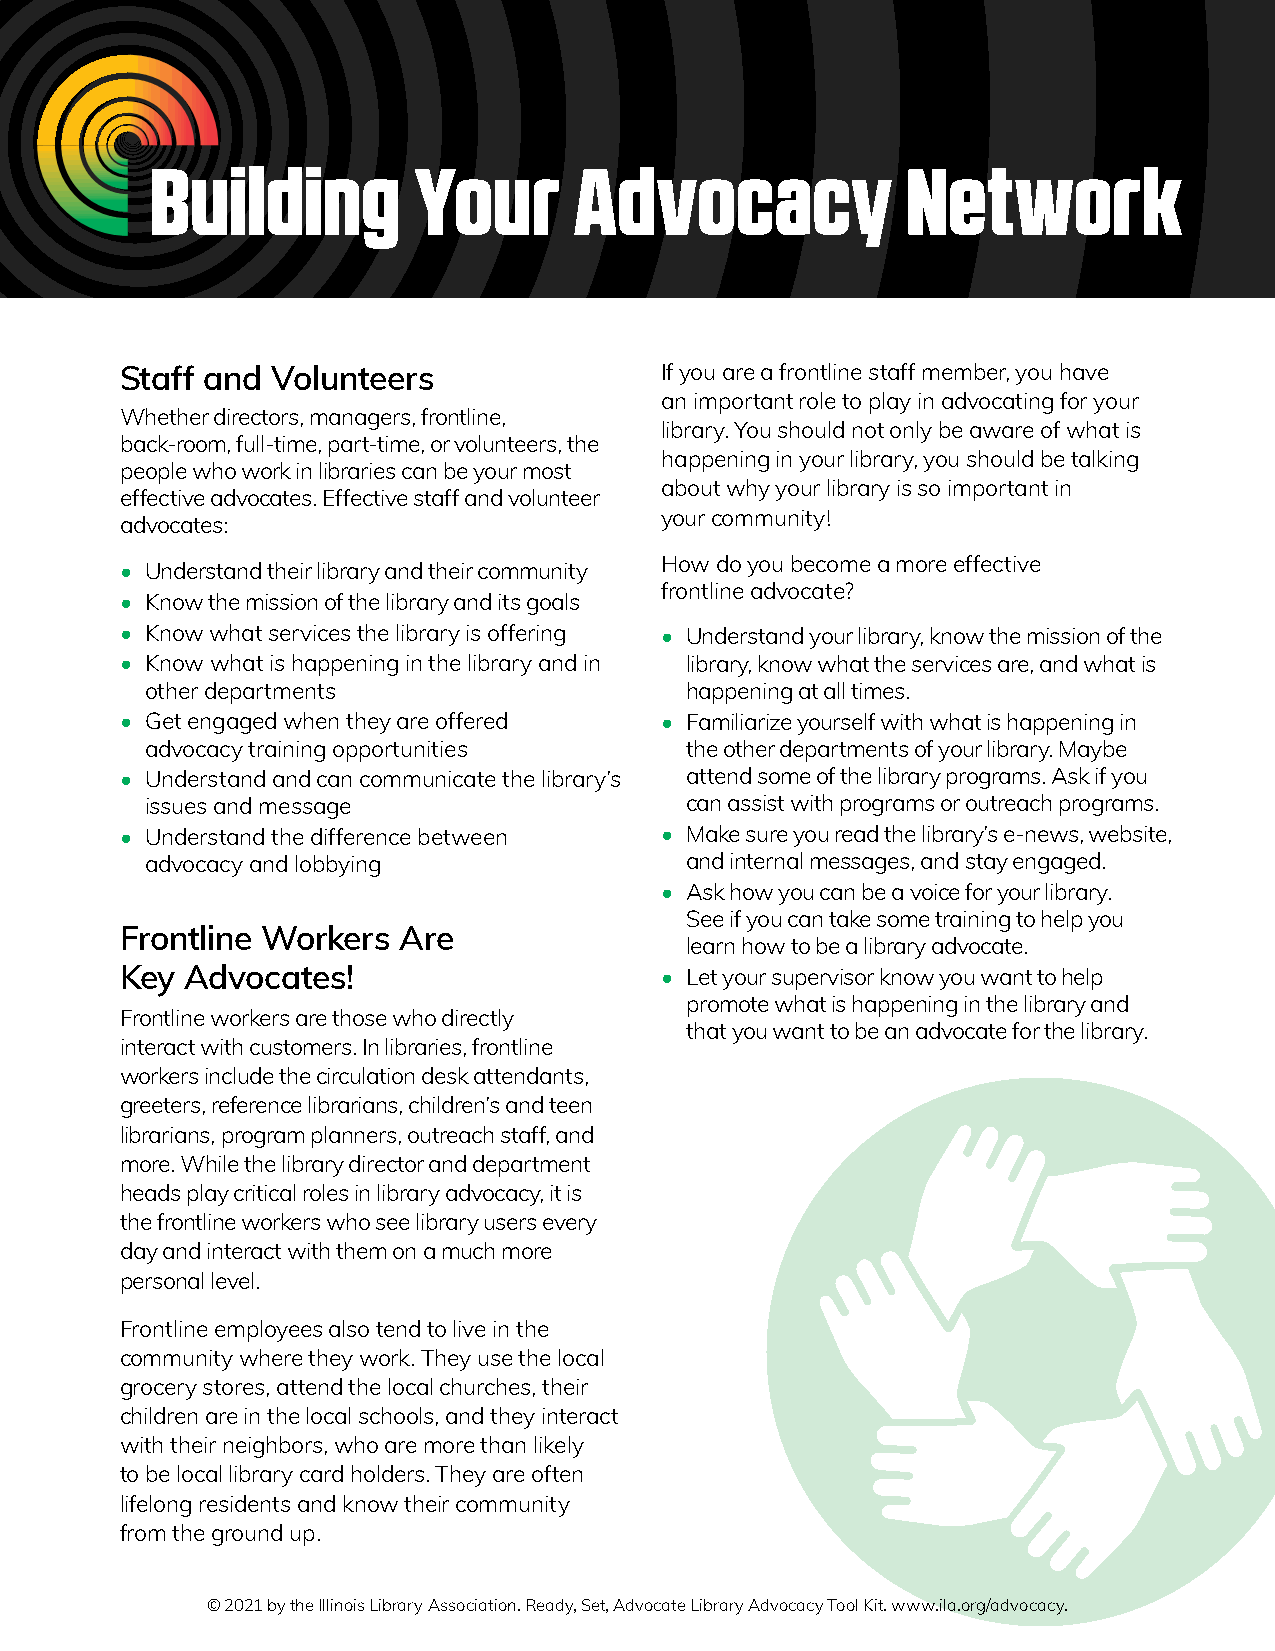
Building         Your       Advocacy              Network
 Staff and Volunteers                If you are a frontline staff member, you have
 an important role to play in advocating for your
 Whether directors, managers, frontline,
 library. You should not only be aware of what is
 back-room, full-time, part-time, or volunteers, the
 happening in your library, you should be talking
 people who work in libraries can be your most
 about why your library is so important in
 effective advocates. Effective staff and volunteer
 your community!
 advocates:
 How do you become a more effective
 • Understand their library and their community
 frontline advocate?
 • Know the mission of the library and its goals
 • Know what services the library is offering • Understand your library, know the mission of the
 • Know what is happening in the library and in library, know what the services are, and what is
 other departments                  happening at all times.
 • Get engaged when they are offered • Familiarize yourself with what is happening in
 advocacy training opportunities    the other departments of your library. Maybe
 • Understand and can communicate the library’s attend some of the library programs. Ask if you
 issues and message                 can assist with programs or outreach programs.
 • Understand the difference between • Make sure you read the library’s e-news, website,
 advocacy and lobbying              and internal messages, and stay engaged.
 • Ask how you can be a voice for your library.
 See if you can take some training to help you
 Frontline Workers Are
 learn how to be a library advocate.
 Key Advocates!                      • Let your supervisor know you want to help
 promote what is happening in the library and
 Frontline workers are those who directly
 that you want to be an advocate for the library.
 interact with customers. In libraries, frontline
 workers include the circulation desk attendants,
 greeters, reference librarians, children’s and teen
 librarians, program planners, outreach staff, and
 more. While the library director and department
 heads play critical roles in library advocacy, it is
 the frontline workers who see library users every
 day and interact with them on a much more
 personal level.
 Frontline employees also tend to live in the
 community where they work. They use the local
 grocery stores, attend the local churches, their
 children are in the local schools, and they interact
 with their neighbors, who are more than likely
 to be local library card holders. They are often
 lifelong residents and know their community
 from the ground up.
 © 2021 by the Illinois Library Association. Ready, Set, Advocate Library Advocacy Tool Kit. www.ila.org/advocacy.